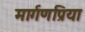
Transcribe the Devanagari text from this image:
मार्गणप्रिया